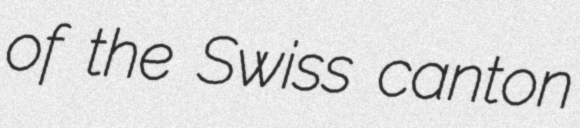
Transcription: of the Swiss canton